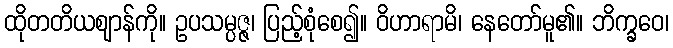
ထိုတတိယဈာန်ကို။ ဥပသမ္ပဇ္ဇ၊ ပြည့်စုံစေ၍။ ဝိဟာရာမိ၊ နေတော်မူ၏။ ဘိက္ခဝေ၊